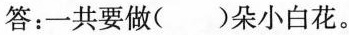
答：一共要做( )朵小白花。